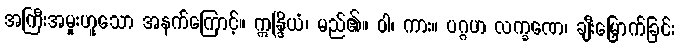
အကြီးအမှုးဟူသော အနက်ကြောင့်။ ဣန္ဒြိယံ၊ မည်၏။ ဝါ၊ ကား။ ပဂ္ဂဟ လက္ခဏေ၊ ချီးမြှောက်ခြင်း